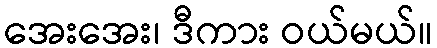
အေးအေး၊ ဒီကား ဝယ်မယ်။